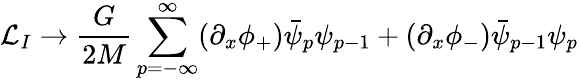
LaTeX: {\cal L}_{I}\rightarrow\frac{G}{2M}\sum_{p=-\infty}^{\infty}(\partial_{x}\phi_{+})\bar{\psi}_{p}\psi_{p-1}+(\partial_{x}\phi_{-})\bar{\psi}_{p-1}\psi_{p}